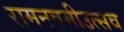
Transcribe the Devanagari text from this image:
रामनवमीउत्सव